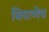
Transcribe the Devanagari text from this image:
बियाणेच